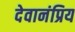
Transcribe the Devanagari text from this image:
देवानंप्रिय